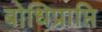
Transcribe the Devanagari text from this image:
बोधिप्राप्ति